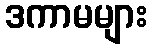
ဒကာမများ